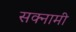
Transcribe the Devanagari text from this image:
सक्नामी